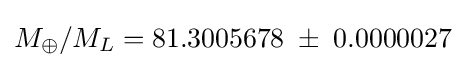
M_{\oplus }/M_{L}=81.3005678\;\pm \;0.0000027